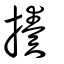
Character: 揍